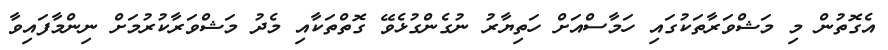
އެގޮތުން މި މަޝްވަރާތަކުގައި ހަމާސްއަށް ހަތިޔާރު ނުގެންގުޅެވޭ ގޮތްތަކާއި މެދު މަޝްވަރާކުރުމަށް ނިންމާފައިވާ